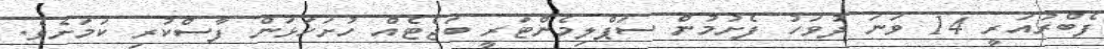
ފެބްރުއަރީ 14 ވަނަ ދުވަހު ފެށުމުން ސަޕްލިމެންޓަރީ ބަޖެޓެއް ހުށަހަޅަން ފާސްކުރި ކަމަށެވެ.